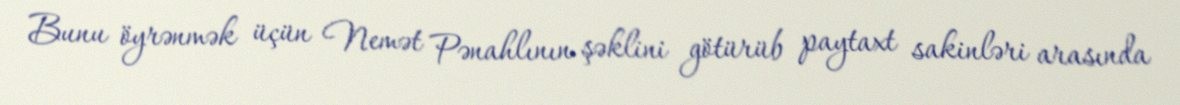
Bunu öyrənmək üçün Nemət Pənahlının şəklini götürüb paytaxt sakinləri arasında